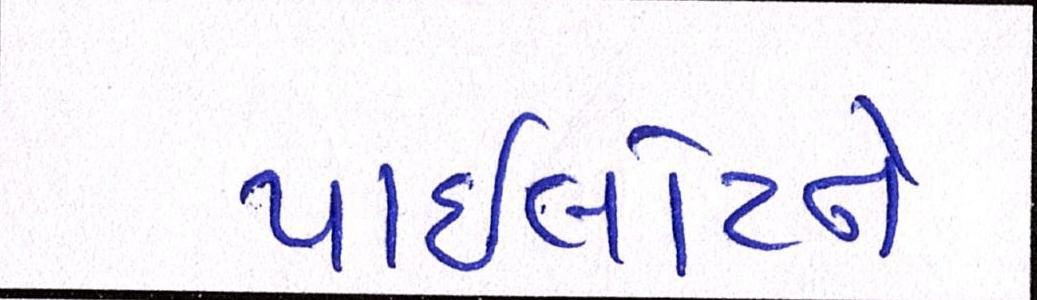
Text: પાઈલોટને